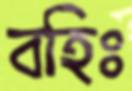
বহিঃ